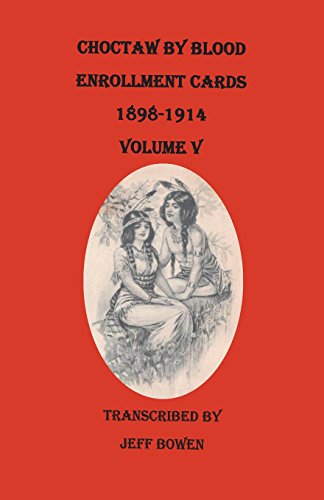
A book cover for Choctaw by Blood Enrollment Cards, 1898-1914. Volume V; Reference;